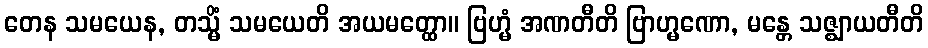
တေန သမယေန, တသ္မိံ သမယေတိ အယမတ္ထော။ ဗြဟ္မံ အဏတီတိ ဗြာဟ္မဏော, မန္တေ သဇ္ဈာယတီတိ